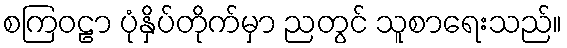
စကြဝဠာ ပုံနှိပ်တိုက်မှာ ညတွင် သူစာရေးသည်။